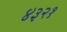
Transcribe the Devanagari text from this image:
४३२१